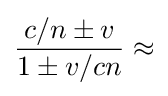
{\frac {c/n\pm v}{1\pm v/cn}}\approx